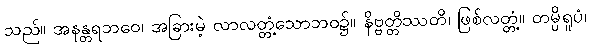
သည်။ အနန္တရဘဝေ၊ အခြားမဲ့ လာလတ္တံ့သောဘဝ၌။ နိဗ္ဗတ္တိဿတိ၊ ဖြစ်လတ္တံ့။ တမ္ပိရူပံ၊